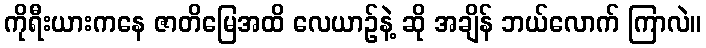
ကိုရီးယားကနေ ဇာတိမြေအထိ လေယာဉ်နဲ့ ဆို အချိန် ဘယ်လောက် ကြာလဲ။